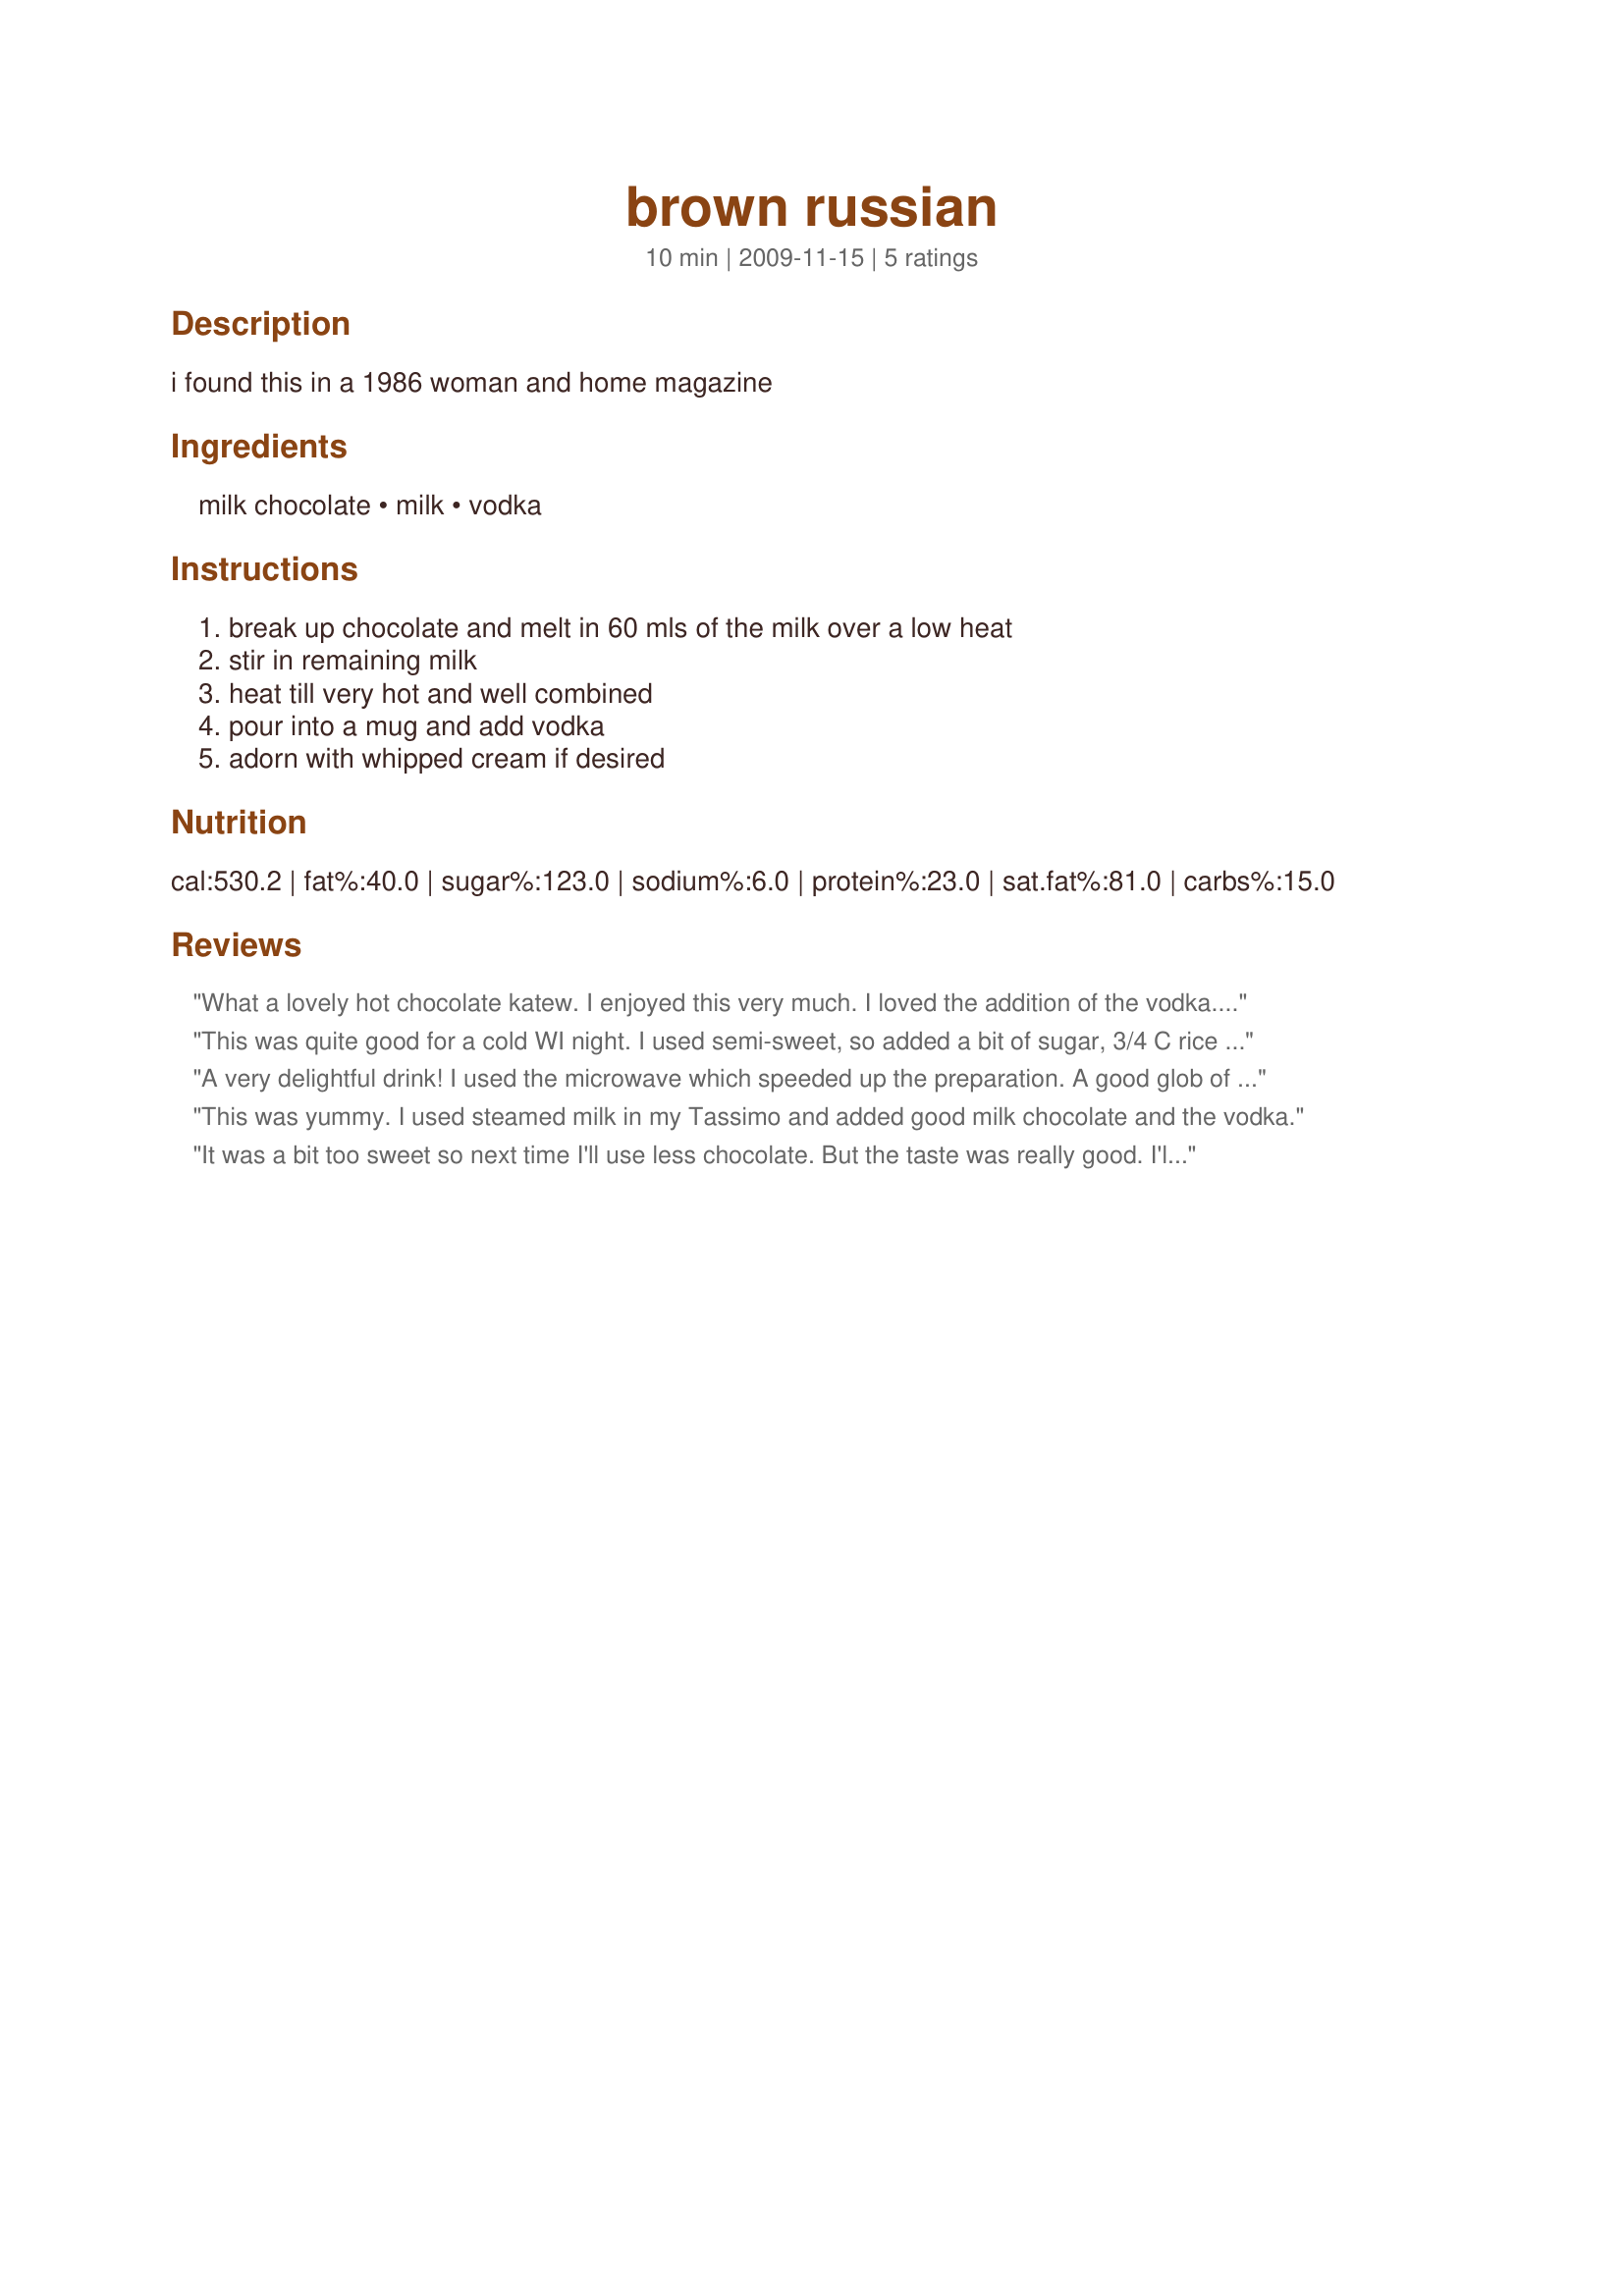
brown russian
Preparation time: 10 minutes

i found this in a 1986 woman and home magazine

Ingredients:
milk chocolate, milk, vodka

Steps:
break up chocolate and melt in 60 mls of the milk over a low heat, stir in remaining milk, heat till very hot and well combined, pour into a mug and add vodka, adorn with whipped cream if desired

Reviews:
What a lovely hot chocolate katew. I enjoyed this very much. I loved the addition of the vodka. Thanks for sharing this recipe. Made for May Swap/Aussie.
This was quite good for a cold WI night. I used semi-sweet, so added a bit of sugar, 3/4 C rice milk and 1/4 C coconut milk, 2 T vodka. The vodka is not too strong for a non-drinker (like me). Tagged in Everyday is a Holiday.
A very delightful drink! I used the microwave which speeded up the preparation. A good glob of cool whip out of a squirt can just made the topping right! Made as a participant in the 2009 Aus/NZ Xmas Make My Recipe Event.
This was yummy. I used steamed milk in my Tassimo and added good milk chocolate and the vodka.
It was a bit too sweet so next time I'll use less chocolate. But the taste was really good. I'll be doing it again to warm me up. Thanks kate :) Made for Holiday tag game
